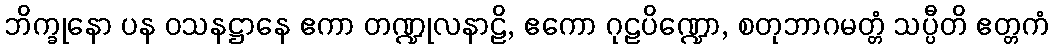
ဘိက္ခုနော ပန ဝသနဋ္ဌာနေ ဧကာ တဏ္ဍုလနာဠိ, ဧကော ဂုဠပိဏ္ဍော, စတုဘာဂမတ္တံ သပ္ပီတိ ဧတ္တကံ